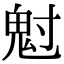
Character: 𩲅